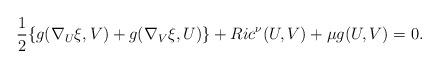
LaTeX: \begin{align*}\frac{1}{2} \{g(\nabla_U \xi, V) + g(\nabla_V \xi, U)\} + Ric^\nu (U, V) + \mu g(U,V) = 0.\end{align*}